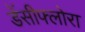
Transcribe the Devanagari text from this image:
डेंसीफ्लोरा